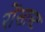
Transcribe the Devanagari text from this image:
रोंसास्ट